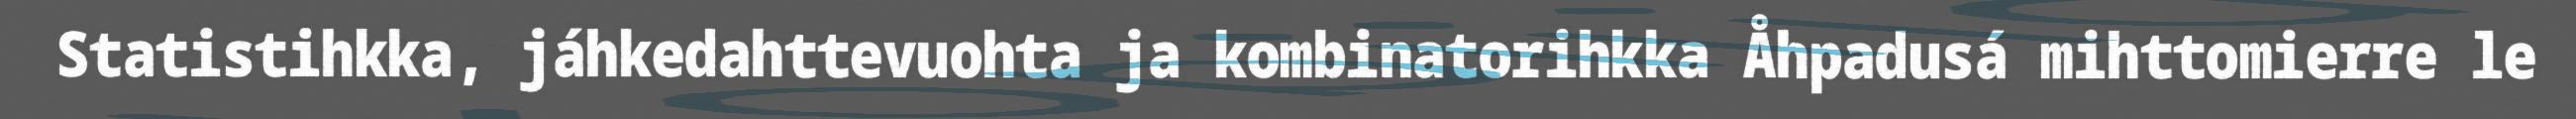
Statistihkka, jáhkedahttevuohta ja kombinatorihkka Åhpadusá mihttomierre le